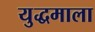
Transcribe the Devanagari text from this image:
युद्धमाला